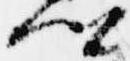
卿